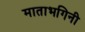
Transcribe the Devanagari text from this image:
माताभगिनी